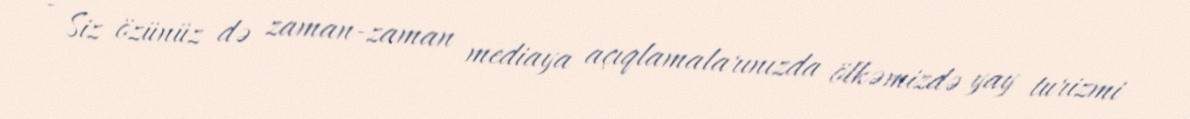
- Siz özünüz də zaman-zaman mediaya açıqlamalarınızda ölkəmizdə yay turizmi